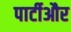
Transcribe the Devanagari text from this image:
पार्टीऔर